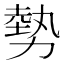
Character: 勢